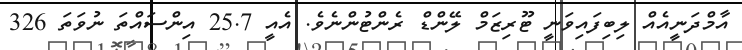
އާމްދަނީއެއް ލިބިފައިވަނީ ޓޫރިޒަމް ލޭންޑް ރެންޓުންނެވެ. އެއީ 25.7 އިންސައްތަ ނުވަތަ 326